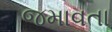
જમાવતા